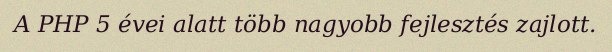
A PHP 5 évei alatt több nagyobb fejlesztés zajlott.